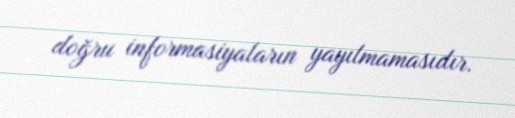
doğru informasiyaların yayılmamasıdır.